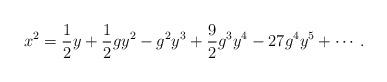
LaTeX: \begin{align*}x^2 = \frac{1}{2}y + \frac{1}{2}gy^2 -g^2y^3 +\frac{9}{2}g^3y^4-27g^4y^5 + \cdots .\end{align*}